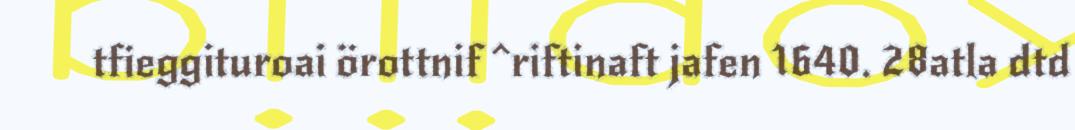
tfieggituroai örottnif ^riftinaft jafen 1640. 28atla dtd